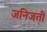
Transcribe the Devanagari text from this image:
जनिजती